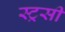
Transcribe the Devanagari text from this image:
स्ट्रसी